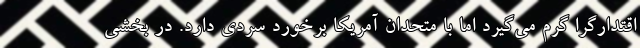
اقتدارگرا گرم می‌گیرد اما با متحدان آمریکا برخورد سردی دارد. در بخشی